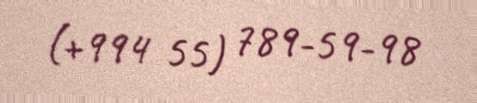
(+994 55) 789-59-98